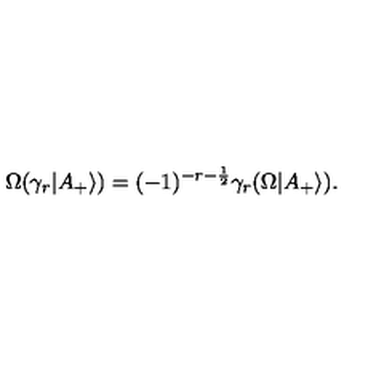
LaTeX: \Omega ( \gamma _ { r } | A _ { + } \rangle ) = ( - 1 ) ^ { - r - \frac { 1 } { 2 } } \gamma _ { r } ( \Omega | A _ { + } \rangle ) .